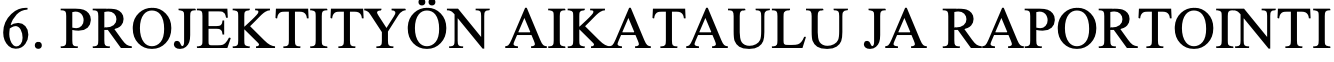
6. PROJEKTITYÖN AIKATAULU   JA RAPORTOINTI